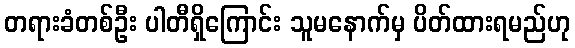
တရားခံတစ်ဦး ပါတီရှိကြောင်း သူမနောက်မှ ပိတ်ထားရမည်ဟု